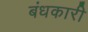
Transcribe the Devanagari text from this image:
बंधकारी